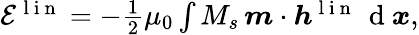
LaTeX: \begin{array}{r}{\mathcal{E}^{\mathrm{~l~i~n~}}=-\frac{1}{2}\mu_{0}\int M_{s}\, \boldsymbol{m}\cdot\boldsymbol{h}^{\mathrm{~l~i~n~}}\, \mathrm{~d~}\boldsymbol{x},}\end{array}